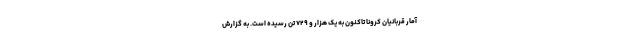
آمار قربانیان کرونا تاکنون به یک هزار و ۷۲۹ تن رسیده است. به گزارش